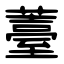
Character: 薹